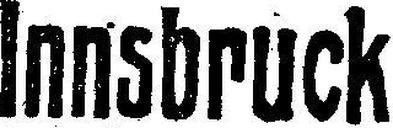
Innsbruck